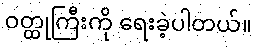
ဝတ္ထုကြီးကို ရေးခဲ့ပါတယ်။